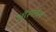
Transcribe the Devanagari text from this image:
ऑस्पडेल